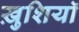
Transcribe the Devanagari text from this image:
ख़ुशियाॅ